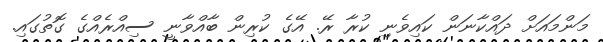
މަންމައަށް ދައްކާނަން ކައިވެނި ކުރާ ރޭ. އޭގެ ކުރިން ބާއްވާނީ ސިއްރެއްގެ ގޮތުގައި.